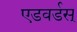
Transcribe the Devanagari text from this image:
एडवर्डस्‌